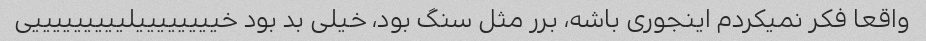
واقعا فکر نمیکردم اینجوری باشه، برر مثل سنگ بود، خیلی بد بود خییییییییلیییییییییی